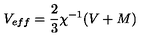
V _ { e f f } = \frac { 2 } { 3 } \chi ^ { - 1 } ( V + M )